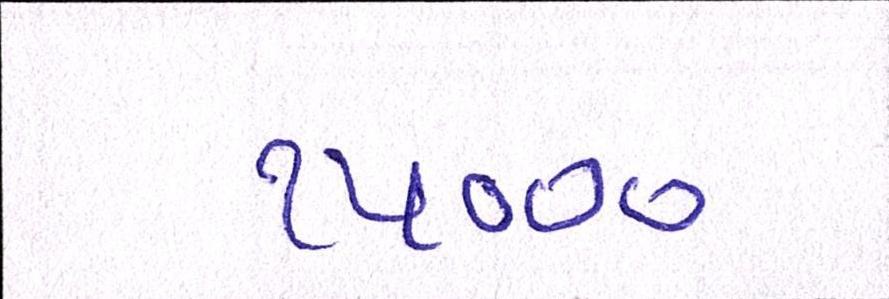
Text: ૧૫૦૦૦